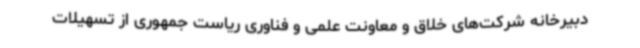
دبیرخانه شرکت‌های خلاق و معاونت علمی و فناوری ریاست جمهوری از تسهیلات